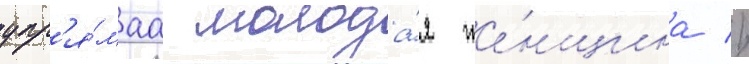
упр'я́маа молода́я же́нщина //